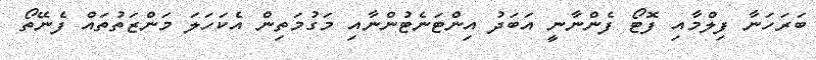
ބަރަހަނާ ފިލްމާއި ފޮޓޯ ފެންނާނީ އަބަދު އިންޓަނެޓުންނާއި މަގުމަތިން އެކަހަލަ މަންޒަތުތައް ފެނޭތޯ